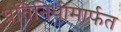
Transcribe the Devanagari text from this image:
प्रतिनिधींमार्फत